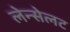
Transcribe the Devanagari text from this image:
लेन्सेलट